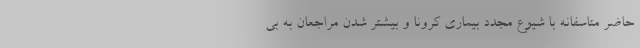
حاضر متاسفانه با شیوع مجدد بیماری کرونا و بیشتر شدن مراجعان به بی